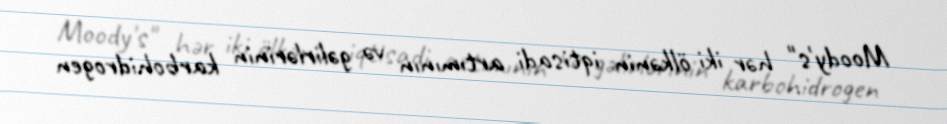
Moody's" hər iki ölkənin iqtisadi artımının və gəlirlərinin karbohidrogen